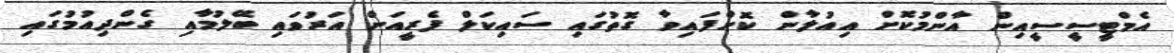
އެމްޓީސީސީއިން އާންމުކޮށް އިއުލާން ކޮށްފައިވާ ގޮތުގައި ސައިކަލް ފެރީއަށް އަރުވައި ބޭލުމާއި ގެންދިއުމުގައި